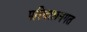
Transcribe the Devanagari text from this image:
परिचालनगत